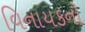
વિનાયકનો